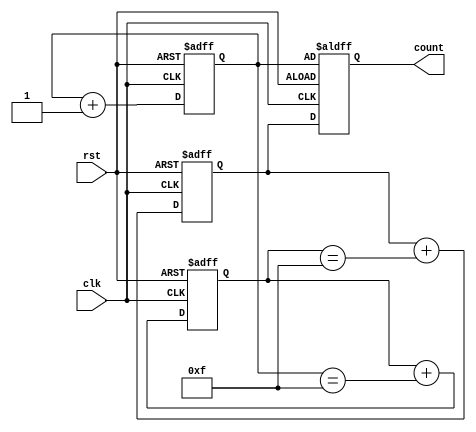
module CascadedCounter (
  input wire clk,
  input wire rst,
  output reg [3:0] count
);

reg [3:0] count1, count2, count3;

always @(posedge clk or posedge rst) begin
  if (rst) begin
    count1 <= 4'b0000;
    count2 <= 4'b0000;
    count3 <= 4'b0000;
    count <= count1;
  end else begin
    count1 <= count1 + 1;
    count2 <= count2 + (count1 == 4'b1111);
    count3 <= count3 + (count2 == 4'b1111);
    count <= count3;
  end
end

endmodule